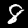
Label: 8